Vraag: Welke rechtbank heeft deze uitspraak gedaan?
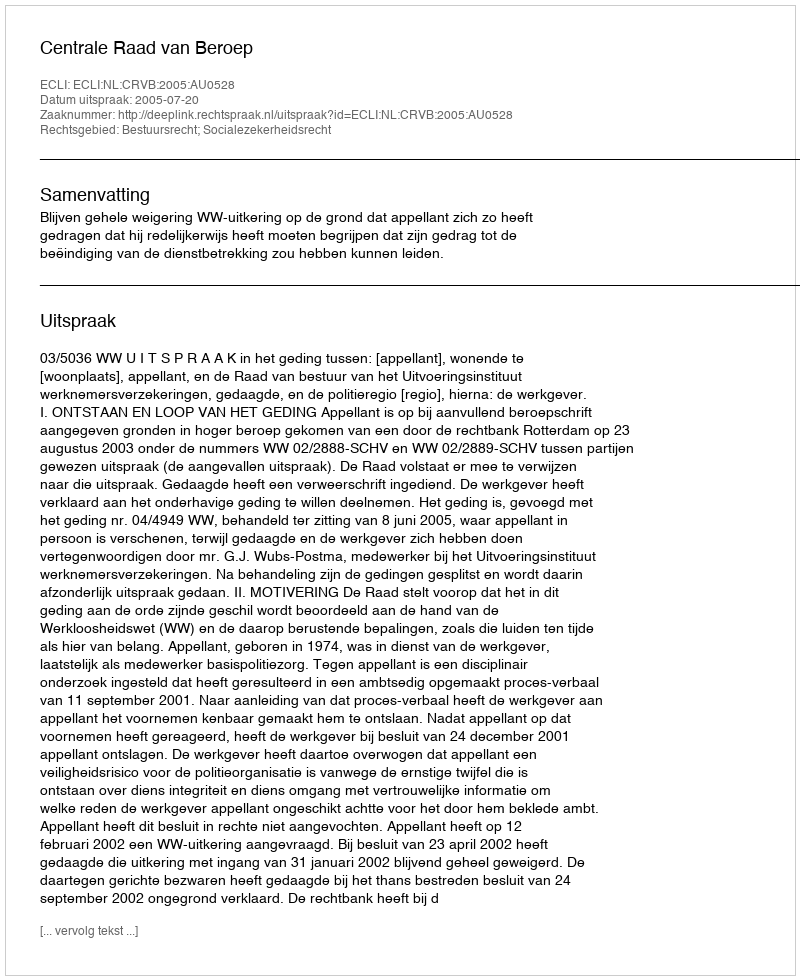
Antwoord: Centrale Raad van Beroep